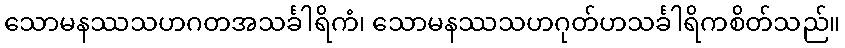
သောမနဿသဟဂတအသင်္ခါရိကံ၊ သောမနဿသဟဂုတ်ဟသင်္ခါရိကစိတ်သည်။